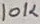
Text: 10K